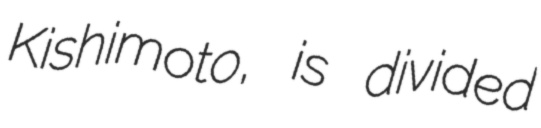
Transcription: Kishimoto, is divided